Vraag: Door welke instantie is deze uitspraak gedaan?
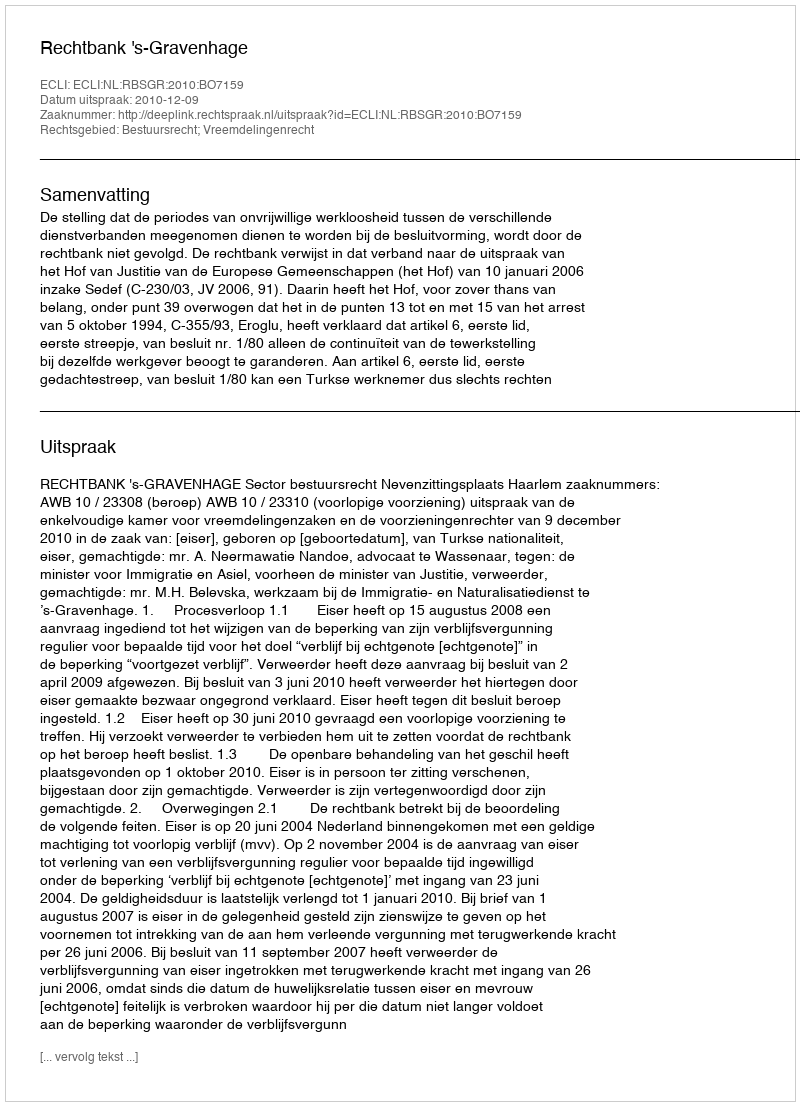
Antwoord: Rechtbank 's-Gravenhage